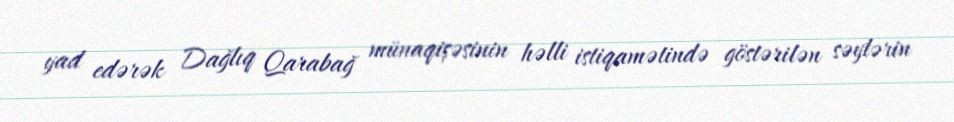
yad edərək Dağlıq Qarabağ münaqişəsinin həlli istiqamətində göstərilən səylərin